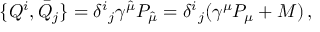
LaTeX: { } \{ Q ^ { i } , \bar { Q } _ { j } \} = \delta ^ { i } { } _ { j } \gamma ^ { \hat { \mu } } P _ { \hat { \mu } } = \delta ^ { i } { } _ { j } ( \gamma ^ { \mu } P _ { \mu } + M ) \, ,